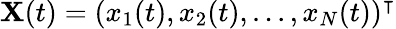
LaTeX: \mathbf{X}(t)=(x_{1}(t),x_{2}(t),...,x_{N}(t))^{\intercal}